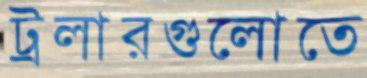
ট্রলারগুলোতে